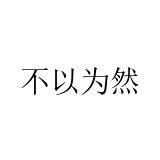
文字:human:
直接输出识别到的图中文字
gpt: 不以为然